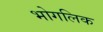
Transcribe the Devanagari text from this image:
भोगलिक